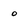
Character: o